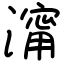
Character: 澝